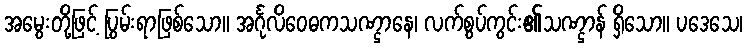
အမွေးတို့ဖြင့် ပြွမ်းရာဖြစ်သော။ အင်္ဂုလိဝေဓကသဏ္ဌာနေ၊ လက်စွပ်ကွင်း၏သဏ္ဌာန် ရှိသော။ ပဒေသေ၊